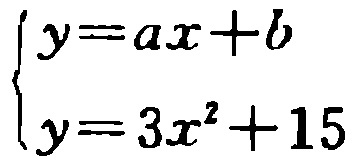
\[\begin{cases}y = ax + b\\y = 3x^{2}+15\end{cases}\]